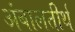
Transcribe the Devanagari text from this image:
अंबालतीर्थ